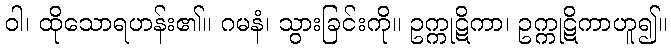
ဝါ၊ ထိုသောရဟန်း၏။ ဂမနံ၊ သွားခြင်းကို။ ဥက္ကုဋိကာ၊ ဥက္ကုဋိကာဟူ၍။